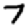
Digit: 7